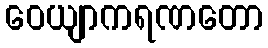
ဝေယျာကရဏတော